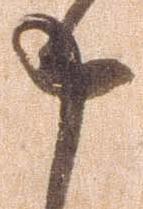
申